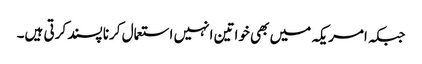
جبکہ امریکہ میں بھی خواتین انہیں استعمال کرنا پسند کرتی ہیں۔